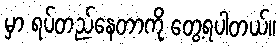
မှာ ရပ်တည်နေတာကို တွေ့ရပါတယ်။